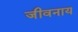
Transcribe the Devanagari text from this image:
जीवनाय